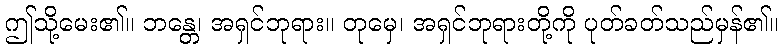
ဤသို့မေး၏။ ဘန္တေ၊ အရှင်ဘုရား။ တုမှေ၊ အရှင်ဘုရားတို့ကို ပုတ်ခတ်သည်မှန်၏။